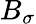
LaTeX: B_{\sigma}